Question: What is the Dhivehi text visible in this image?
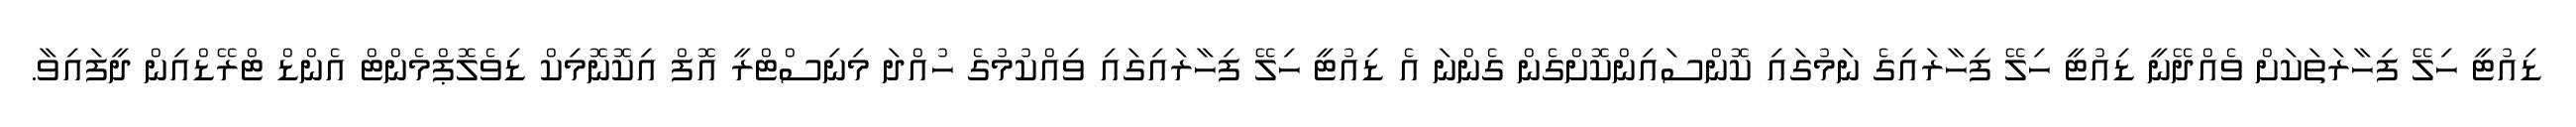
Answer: ޑިއުޓީ ހިލޭ ފިހާރަތަކަށް ވެއްދޭނީ ޑިއުޓީ ހިލޭ ފިހާރައިގެ ނަމުގައި ކޮންސައިންކޮށްގެން ގެންނަ އެ ޑިއުޓީ ހިލޭ ފިހާރައިގައި ވިއްކުމުގެ ހުއްދަ މިނިސްޓްރީ އޮފް އިކޮނޮމިކް ޑިވެލޮޕްމެންޓް އެންޑް ޓްރޭޑްއިން ދީފައިވާ.